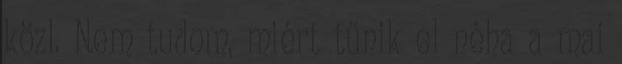
közl. Nem tudom, miért tűnik el néha a mai